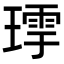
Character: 𤨹